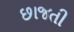
છાજતી